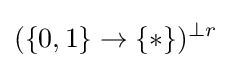
(\{0,1\}\to \{*\})^{\perp r}